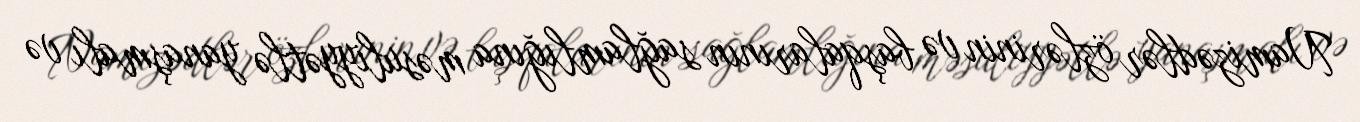
Namizədlər özlərinin və başqalarının sağlamlığına məsuliyyətlə yanaşmalı və